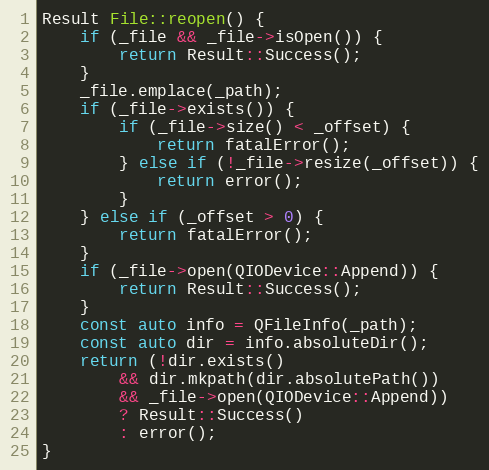
Language: C++
Result File::reopen() {
	if (_file && _file->isOpen()) {
		return Result::Success();
	}
	_file.emplace(_path);
	if (_file->exists()) {
		if (_file->size() < _offset) {
			return fatalError();
		} else if (!_file->resize(_offset)) {
			return error();
		}
	} else if (_offset > 0) {
		return fatalError();
	}
	if (_file->open(QIODevice::Append)) {
		return Result::Success();
	}
	const auto info = QFileInfo(_path);
	const auto dir = info.absoluteDir();
	return (!dir.exists()
		&& dir.mkpath(dir.absolutePath())
		&& _file->open(QIODevice::Append))
		? Result::Success()
		: error();
}